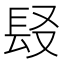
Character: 𨱣